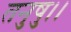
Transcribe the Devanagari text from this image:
तनुषु।।